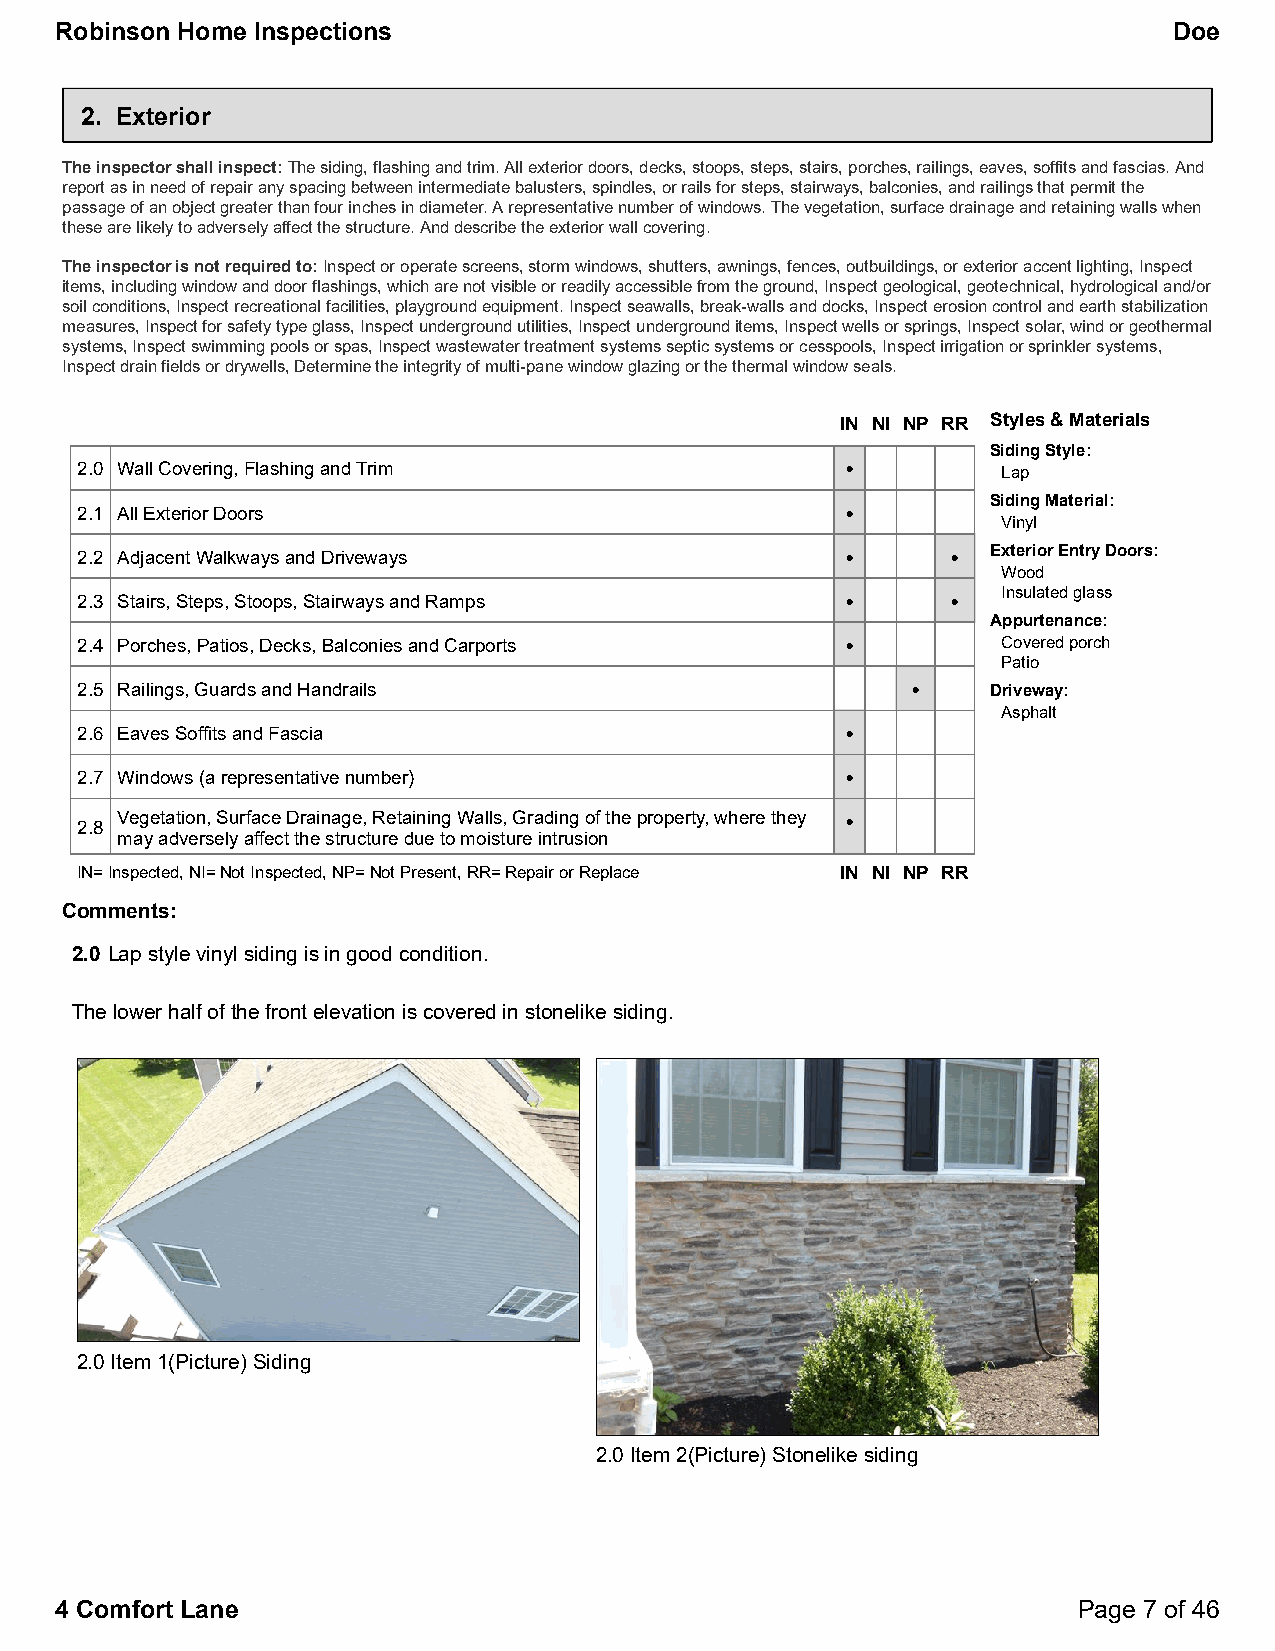
Robinson Home Inspections                                                 Doe
 2. Exterior
 The inspector shall inspect:The siding, flashing and trim. All exterior doors, decks, stoops, steps, stairs, porches, railings, eaves, soffits and fascias. And
 report as in need of repair any spacing between intermediate balusters, spindles, or rails for steps, stairways, balconies, and railings that permit the
 passage of an object greater than four inches in diameter. A representative number of windows. The vegetation, surface drainage and retaining walls when
 these are likely to adversely affect the structure. And describe the exterior wall covering.
 The inspector is not required to:Inspect or operate screens, storm windows, shutters, awnings, fences, outbuildings, or exterior accent lighting, Inspect
 items, including window and door flashings, which are not visible or readily accessible from the ground, Inspect geological, geotechnical, hydrological and/or
 soil conditions, Inspect recreational facilities, playground equipment. Inspect seawalls, break-walls and docks, Inspect erosion control and earth stabilization
 measures, Inspect for safety type glass, Inspect underground utilities, Inspect underground items, Inspect wells or springs, Inspect solar, wind or geothermal
 systems, Inspect swimming pools or spas, Inspect wastewater treatment systems septic systems or cesspools, Inspect irrigation or sprinkler systems,
 Inspect drain fields or drywells, Determine the integrity of multi-pane window glazing or the thermal window seals.
 IN NI NP RR Styles & Materials
 Siding Style:
 2.0 Wall Covering, Flashing and Trim               •         Lap
 Siding Material:
 2.1 All Exterior Doors                             •
 Vinyl
 2.2 Adjacent Walkways and Driveways                •      •  Exterior Entry Doors:
 Wood
 Insulated glass
 2.3 Stairs, Steps, Stoops, Stairways and Ramps     •      •
 Appurtenance:
 2.4 Porches, Patios, Decks, Balconies and Carports •         Covered porch
 Patio
 2.5 Railings, Guards and Handrails                     •     Driveway:
 Asphalt
 2.6 Eaves Soffits and Fascia                       •
 2.7 Windows (a representative number)              •
 Vegetation, Surface Drainage, Retaining Walls, Grading of the property, where they •
 2.8
 may adversely affect the structure due to moisture intrusion
 IN=Inspected, NI=Not Inspected, NP=Not Present, RR=Repair or Replace IN NI NP RR
 Comments:
 2.0 Lap style vinyl siding is in good condition.
 The lower half of the front elevation is covered in stonelike siding.
 2.0 Item 1(Picture) Siding
 2.0 Item 2(Picture) Stonelike siding
 4 Comfort Lane                                                     Page 7 of 46